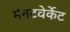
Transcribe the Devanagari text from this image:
मेनटवेर्केट